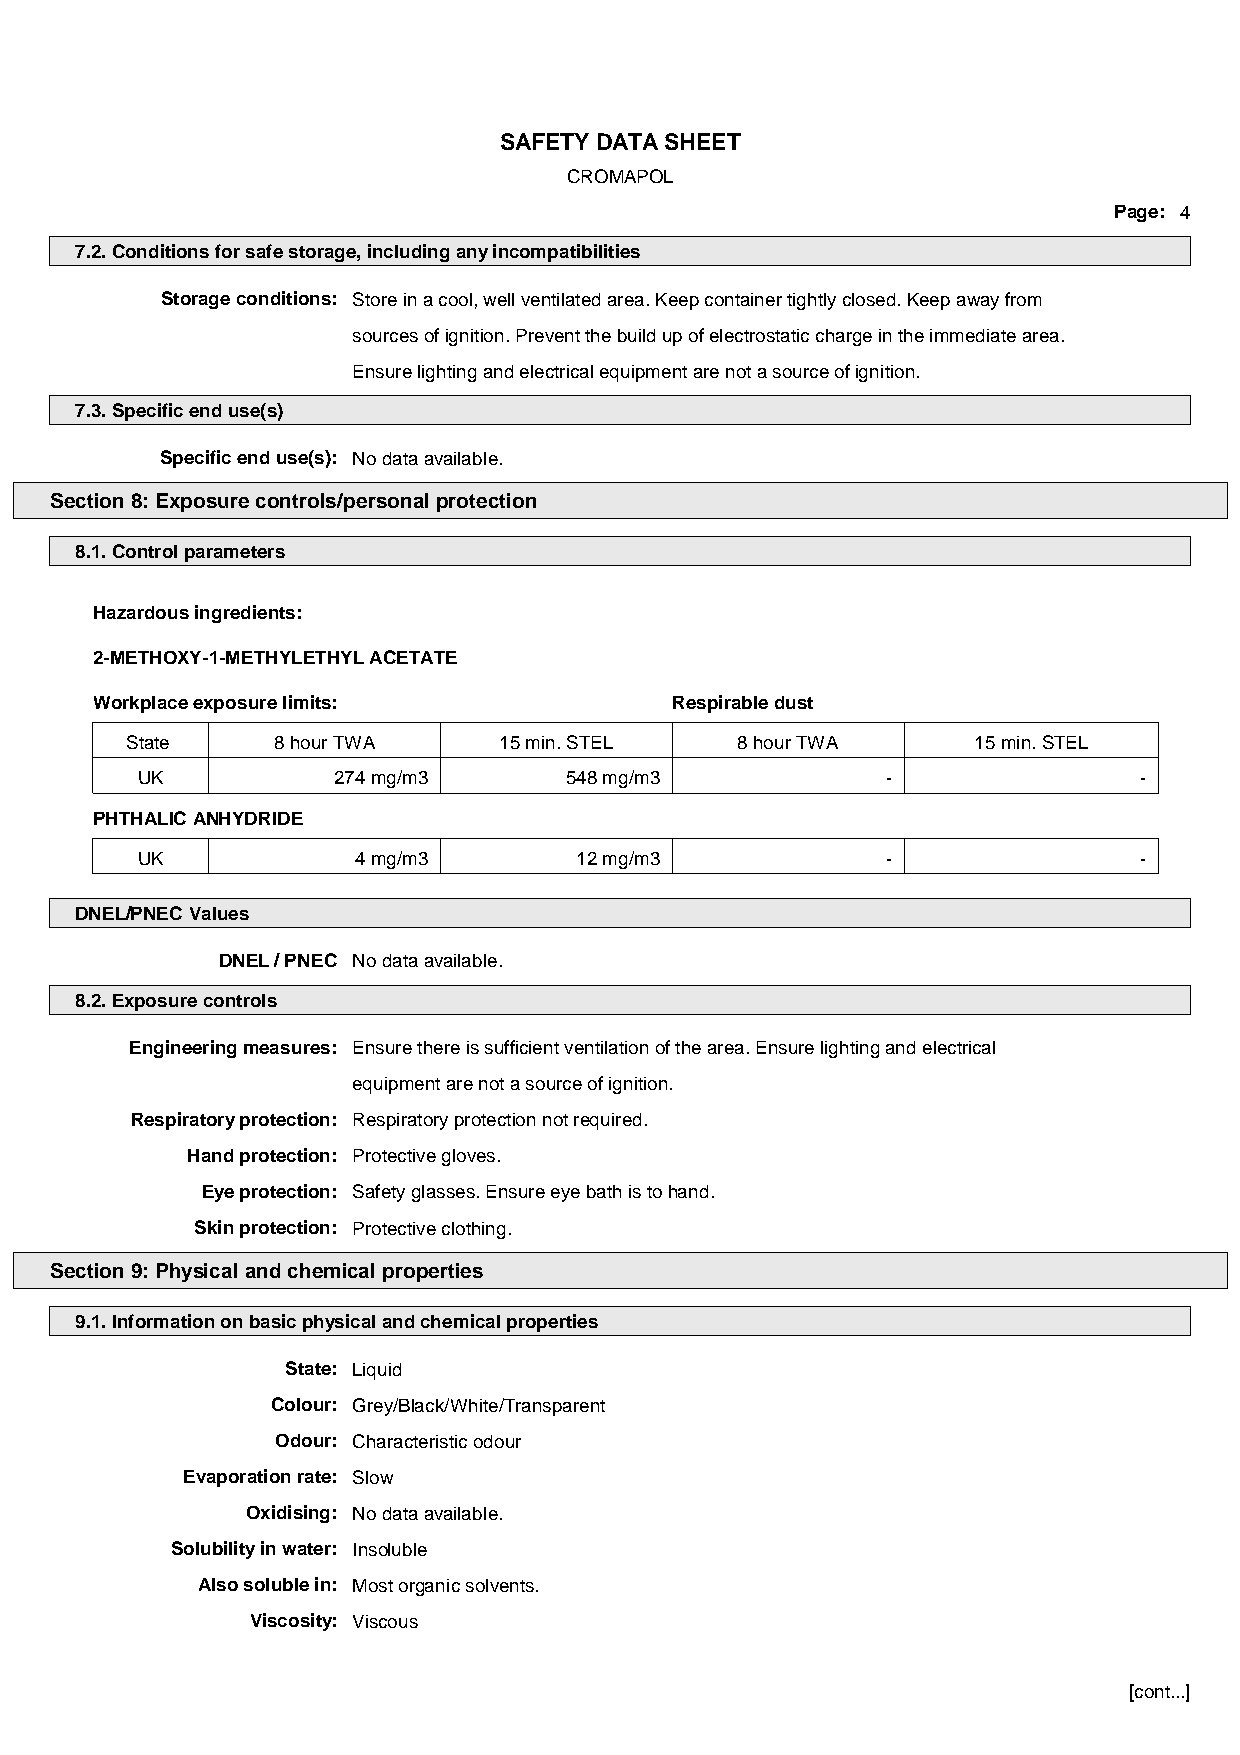
SAFETY DATA SHEET
 CROMAPOL
 Page: 4
 7.2. Conditions for safe storage, including any incompatibilities
 Storage conditions: Store in a cool, well ventilated area. Keep container tightly closed. Keep away from
 sources of ignition. Prevent the build up of electrostatic charge in the immediate area.
 Ensure lighting and electrical equipment are not a source of ignition.
 7.3. Specific end use(s)
 Specific end use(s): No data available.
 Section 8: Exposure controls/personal protection
 8.1. Control parameters
 Hazardous ingredients:
 2-METHOXY-1-METHYLETHYL ACETATE
 Workplace exposure limits:            Respirable dust
 State     8 hour TWA     15 min. STEL    8 hour TWA     15 min. STEL
 UK           274 mg/m3      548 mg/m3             -               -
 PHTHALIC ANHYDRIDE
 UK            4 mg/m3        12 mg/m3             -               -
 DNEL/PNEC Values
 DNEL / PNEC No data available.
 8.2. Exposure controls
 Engineering measures: Ensure there is sufficient ventilation of the area. Ensure lighting and electrical
 equipment are not a source of ignition.
 Respiratory protection: Respiratory protection not required.
 Hand protection: Protective gloves.
 Eye protection: Safety glasses. Ensure eye bath is to hand.
 Skin protection: Protective clothing.
 Section 9: Physical and chemical properties
 9.1. Information on basic physical and chemical properties
 State: Liquid
 Colour: Grey/Black/White/Transparent
 Odour: Characteristic odour
 Evaporation rate: Slow
 Oxidising: No data available.
 Solubility in water: Insoluble
 Also soluble in: Most organic solvents.
 Viscosity: Viscous
 [cont...]